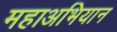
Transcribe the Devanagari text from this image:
महाअभियान